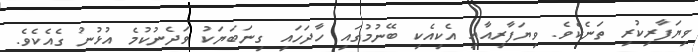
ވިޔަފާރިކުރި ތަނެކެވެ. ވިޔަފާރިއާއި އެކިއެކި ބޭނުމުގައި ހާދަހައި ގިނަބަޔަކު ވަދެނުކުމެ އުޅުނު ގެއެކެވެ.